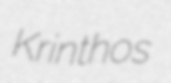
Krinthos